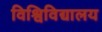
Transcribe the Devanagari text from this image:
विश्विविद्यालय